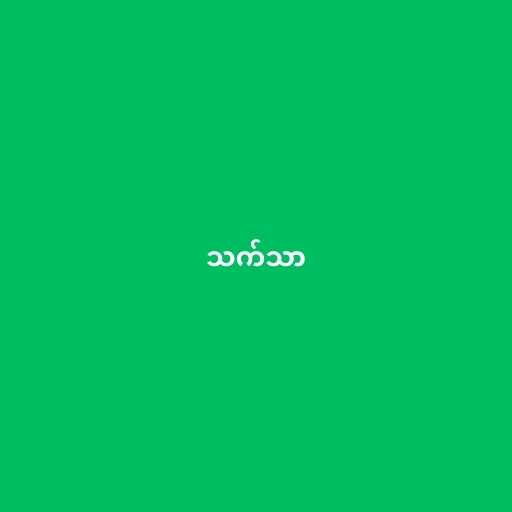
သက်သာ